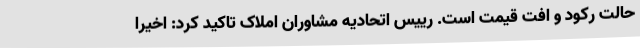
حالت رکود و افت قیمت است. رییس اتحادیه مشاوران املاک تاکید کرد: اخیرا